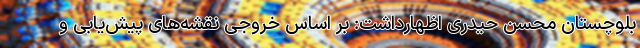
بلوچستان محسن حیدری اظهارداشت: بر اساس خروجی نقشه‌های پیش‌یابی و